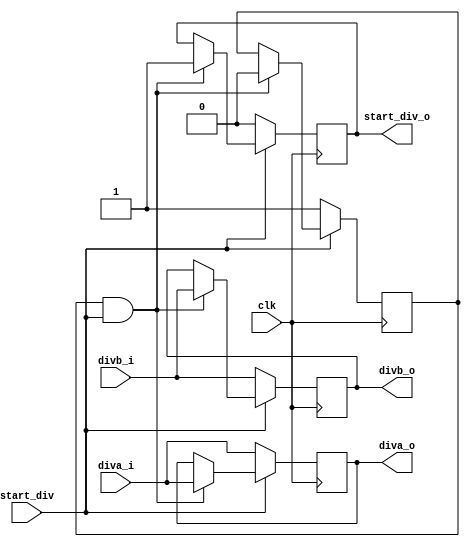
`timescale 1ns / 1ps
//////////////////////////////////////////////////////////////////////////////////
// Company: 
// Engineer: 
// 
// Design Name: 
// Module Name: div_reg
// Project Name: 
// Target Devices: 
// Tool Versions: 
// Description: 
// 
// Dependencies: 
// 
// Revision:
// Revision 0.01 - File Created
// Additional Comments:
// 
//////////////////////////////////////////////////////////////////////////////////


module div_reg(
    input wire clk,start_div,
    input wire [31:0] diva_i,divb_i,
    output reg [31:0] diva_o,divb_o,
	output reg start_div_o
    );
    reg flag;
    always @(posedge clk) begin
		if (~start_div) begin
			diva_o <= diva_i;
            divb_o <= divb_i;
			start_div_o <= start_div;
            flag <= 1;
		end
		else if(flag & start_div) begin
            diva_o <= diva_i;
            divb_o <= divb_i;
			start_div_o <= start_div;
			flag <= 0;
        end 
    end
endmodule